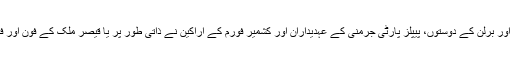
فرانکفرٹ، ڈسلڈورف، ہامبرگ، ھنوور اور برلن کے دوستوں، پیپلز پارٹی جرمنی کے عہدیداران اور کشمیر فورم کے اراکین نے ذاتی طور پر یا قیصر ملک کے فون اور فیس بک کے ذریعہ خیریت دریافت کی۔